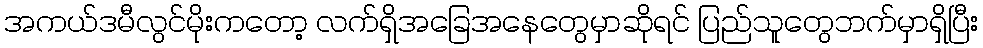
အကယ်ဒမီလွင်မိုးကတော့ လက်ရှိအခြေအနေတွေမှာဆိုရင် ပြည်သူတွေဘက်မှာရှိပြီး